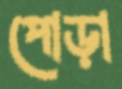
পোড়া